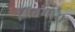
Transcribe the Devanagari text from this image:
जितमाया